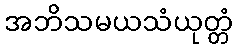
အဘိသမယသံယုတ္တံ